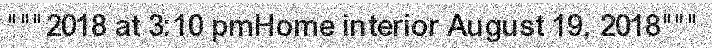
"""2018 at 3:10 pmHome interior August 19, 2018"""